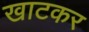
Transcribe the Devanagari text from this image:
खाटकर